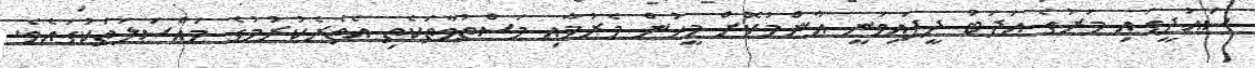
ސައުދީގައި މަރުގެ އަދަބު ދީފައިވަނީ އާންމުކޮށް މީހުން މެރުމާއި މަސްތުވާތަކެތި އެތެރެކުރުމުގެ މައްސަލަތަކުގައެވެ.